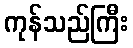
ကုန်သည်ကြီး